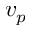
v _ { p }